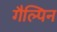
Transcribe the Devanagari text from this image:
गैल्पिन